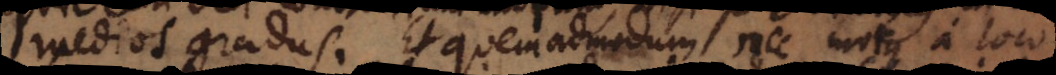
termedios gradus. Et quemadmodum nec motus a loc